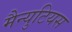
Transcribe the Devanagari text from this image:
मैन्युटियस